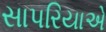
સાપરિયાએ